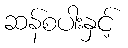
ဆန်စပါးနှင့်